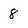
Character: 8